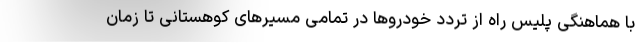
با هماهنگی پلیس راه از تردد خودروها در تمامی مسیرهای کوهستانی تا زمان